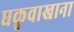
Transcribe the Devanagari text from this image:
धकुवाखाना